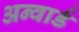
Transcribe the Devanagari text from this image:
अन्वार्ड